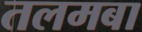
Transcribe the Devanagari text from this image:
तलमबा